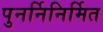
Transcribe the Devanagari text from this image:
पुनर्निनिर्मित